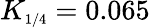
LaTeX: K_{\scriptscriptstyle{1/4}}=0.065